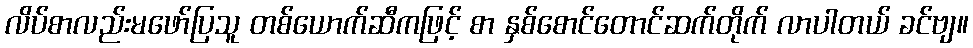
လိပ်စာလည်းမဖော်ပြသူ တစ်ယောက်ဆီကဖြင့် စာ နှစ်စောင်တောင်ဆက်တိုက် လာပါတယ် ခင်ဗျ။